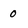
Character: 0